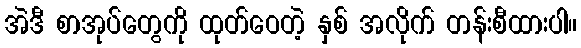
အဲဒီ စာအုပ်တွေကို ထုတ်ဝေတဲ့ နှစ် အလိုက် တန်းစီထားပါ။